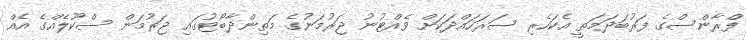
ފްރާންސްގެ ފަރުބަދަމަތީ އެކަހެރި ސަރަހައްދަކަށް ވެއްޓުނު ޖަރުމަނުގެ މަތިންދާބޯޓުގައި ޖަރުމަން ސްކޫލެއްގެ އެއް